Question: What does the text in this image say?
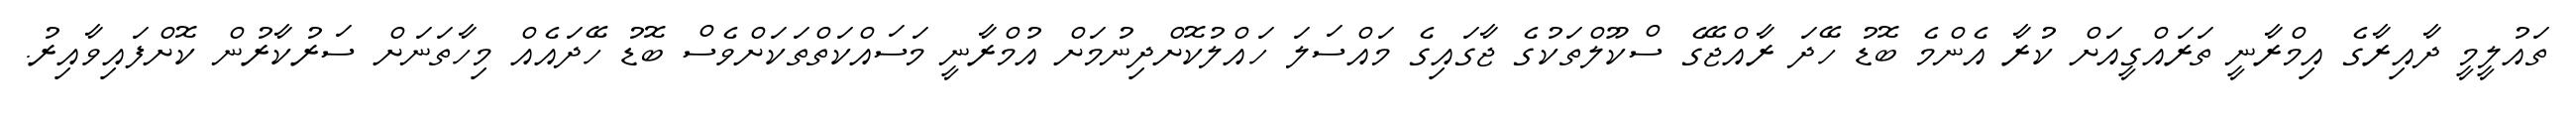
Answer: ތައުލީމީ ދާއިރާގެ އިމްރާނީ ތަރައްގީއަށް ކުރާ އެންމެ ބޮޑު ހޭދަ ރާއްޖޭގެ ސްކޫލްތަކުގެ ޖާގައިގެ މައްސަލަ ހައްލުކޮށްދިނުމަށް އުމްރާނީ މަސައްކަތްތަކަށްވެސް ބޮޑު ހޭދައެއް މިހާތަނަށް ސަރުކާރުން ކޮށްފައިވާއިރު.